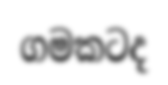
ගමකටද